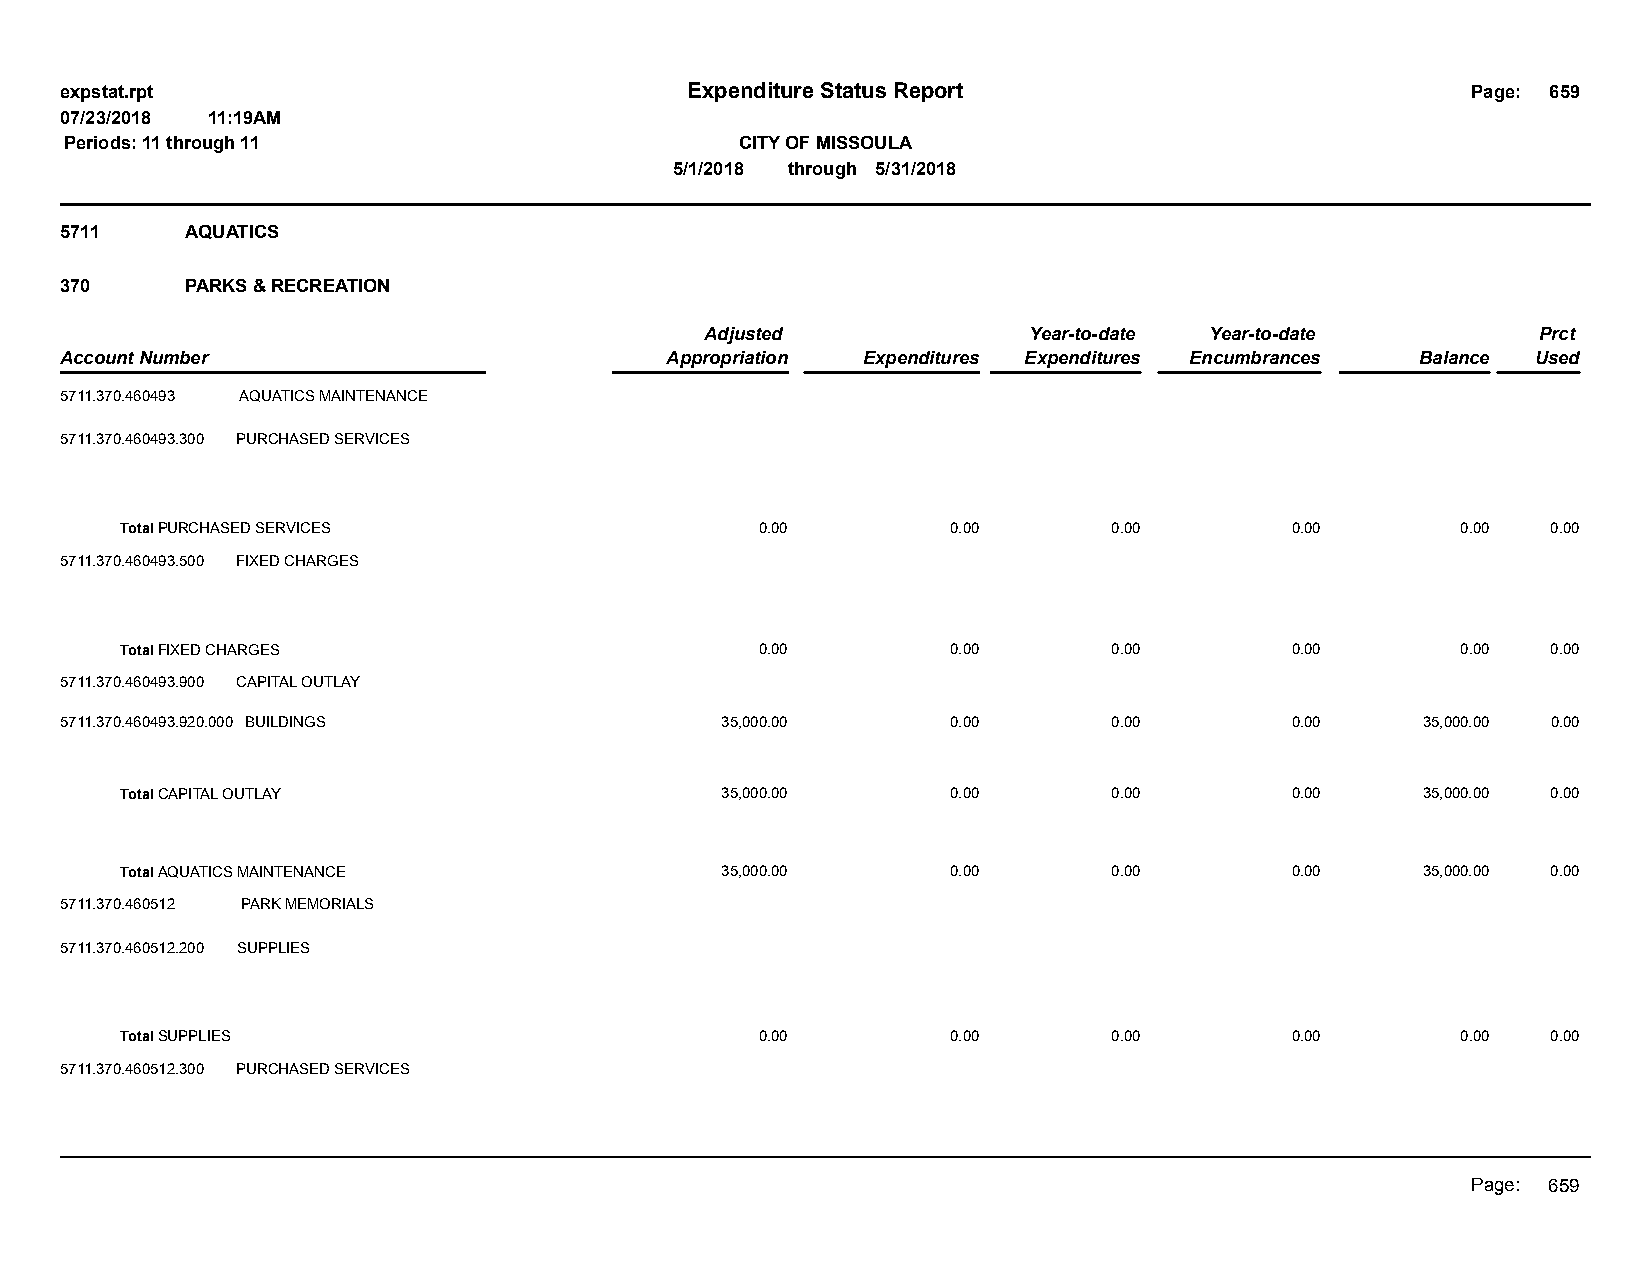
expstat.rpt                              Expenditure Status Report                           Page: 659
 07/23/2018 11:19AM
 Periods: 11 through 11                       CITY OF MISSOULA
 5/1/2018 through 5/31/2018
 5711    AQUATICS
 370     PARKS & RECREATION
 Adjusted             Year-to-date Year-to-date         Prct
 Account Number                          Appropriation Expenditures Expenditures Encumbrances Balance Used
 5711.370.460493 AQUATICS MAINTENANCE
 5711.370.460493.300 PURCHASED SERVICES
 Total PURCHASED SERVICES                  0.00         0.00       0.00       0.00        0.00  0.00
 5711.370.460493.500 FIXED CHARGES
 Total FIXED CHARGES                       0.00         0.00       0.00       0.00        0.00  0.00
 5711.370.460493.900 CAPITAL OUTLAY
 5711.370.460493.920.000 BUILDINGS           35,000.00      0.00       0.00       0.00     35,000.00 0.00
 Total CAPITAL OUTLAY                    35,000.00      0.00       0.00       0.00     35,000.00 0.00
 Total AQUATICS MAINTENANCE              35,000.00      0.00       0.00       0.00     35,000.00 0.00
 5711.370.460512 PARK MEMORIALS
 5711.370.460512.200 SUPPLIES
 Total SUPPLIES                            0.00         0.00       0.00       0.00        0.00  0.00
 5711.370.460512.300 PURCHASED SERVICES
 Page: 659